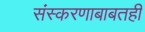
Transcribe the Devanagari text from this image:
संस्करणाबाबतही